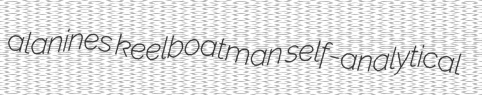
alanines keelboatman self-analytical